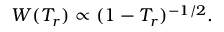
\begin{array} { r } { W ( T _ { r } ) \propto ( 1 - T _ { r } ) ^ { - 1 / 2 } . } \end{array}